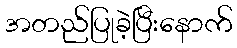
အတည်ပြုခဲ့ပြီးနောက်